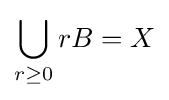
\bigcup _{r\geq 0}rB=X